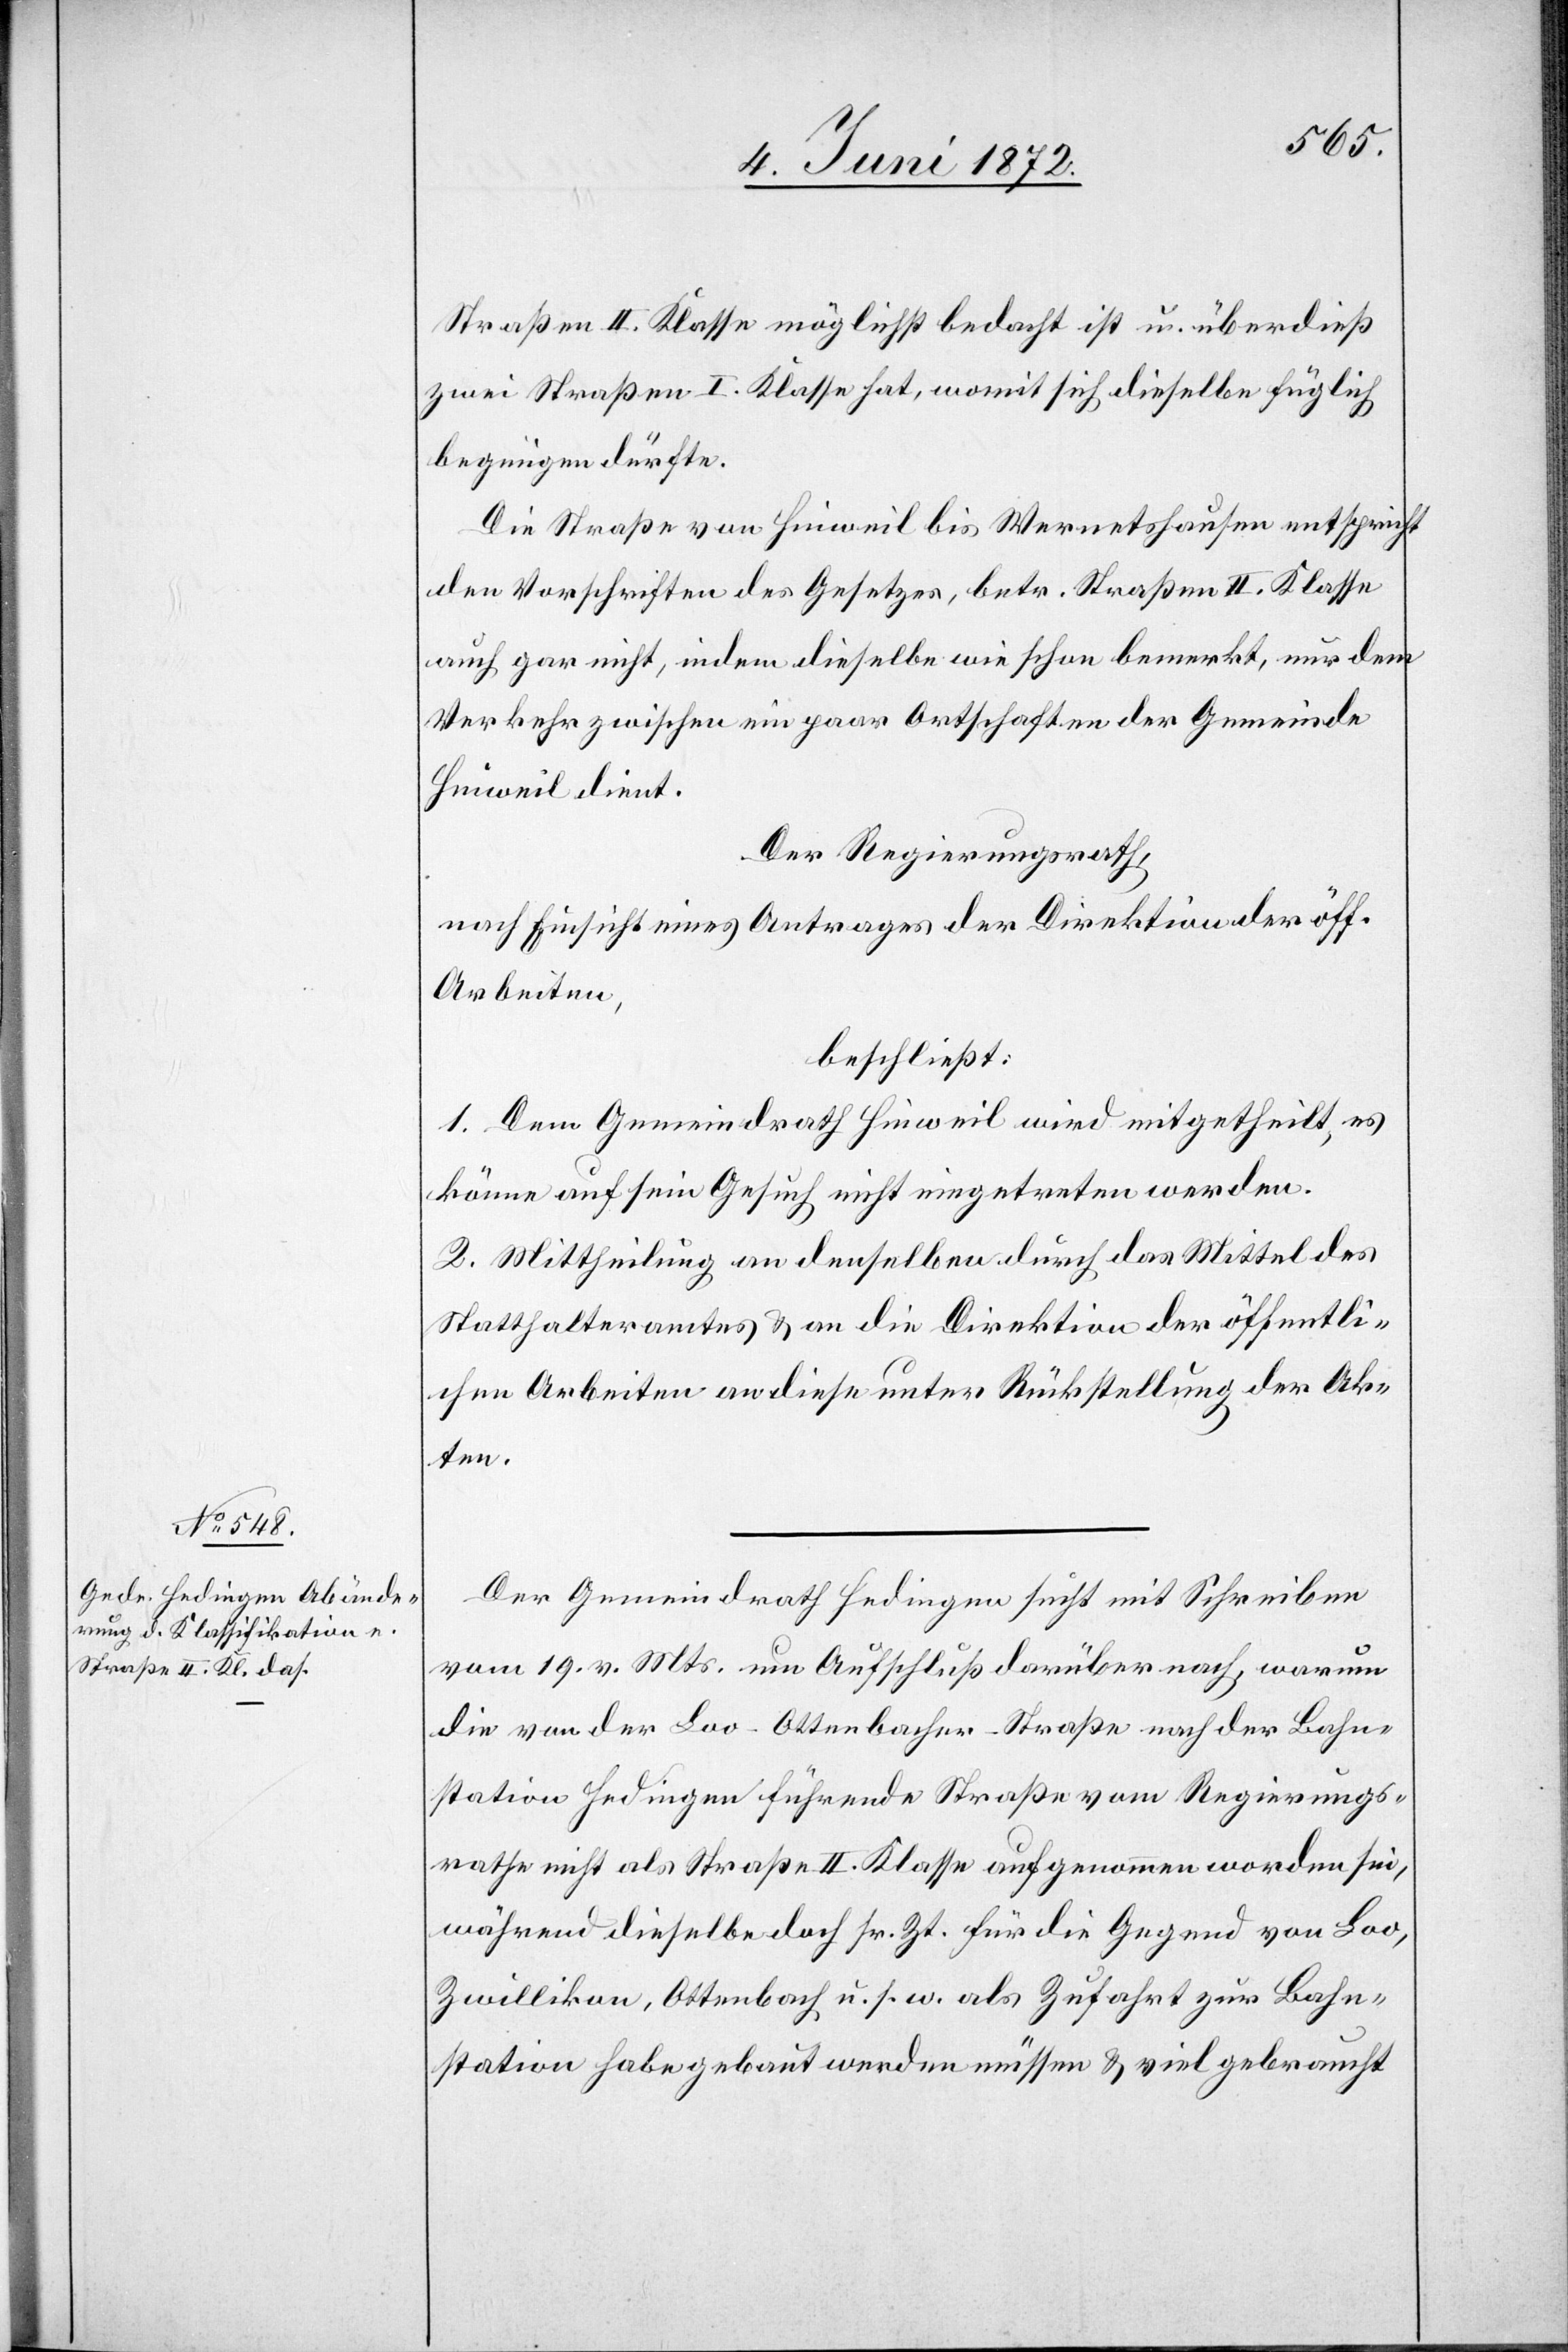
Straßen II. Klasse möglichst bedacht ist u. überdieß
zwei Straßen I. Klasse hat, womit sich dieselbe füglich
begnügen dürfte.
Die Straße von Hinweil bis Wernetshausen entspricht
den Vorschriften des Gesetzes, betr. Straßen II. Klasse
auch gar nicht, indem dieselbe wie schon bemerkt, nur dem
Verkehr zwischen ein paar Ortschaften der Gemeinde
Hinweil dient.
Der Regierungsrath,
nach Einsicht eines Antrages der Direktion der öff.
Arbeiten,
beschließt:
1. Dem Gemeindrath Hinweil wird mitgetheilt, es
könne auf sein Gesuch nicht eingetreten werden.
2. Mittheilung an denselben durch das Mittel des
Statthalteramtes u. an die Direktion der öffentli¬
chen Arbeiten[,] an diese unter Rückstellung der Ak¬
ten.
Der Gemeindrath Hedingen sucht mit Schreiben
vom 19. v. Mts. um Aufschluß darüber nach, warum
die von der Loo–Ottenbacher-Straße nach der Bahn¬
station Hedingen führende Straße vom Regierungs¬
rathe nicht als Straße II. Klasse aufgenommen worden sei,
während dieselbe doch sr. Zt. für die Gegend von Loo,
Zwillikon, Ottenbach u. s. w. als Zufahrt zur Bahn¬
station habe gebaut werden müssen u. viel gebraucht